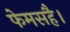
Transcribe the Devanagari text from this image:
फेमसहै।